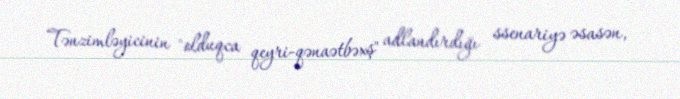
Tənzimləyicinin "olduqca qeyri-qənaətbəxş" adlandırdığı ssenariyə əsasən,